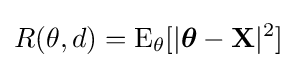
R(\theta ,d)=\operatorname {E} _{\theta }[|{\boldsymbol {\theta }}-\mathbf {X} |^{2}]